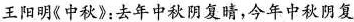
王阳明《中秋》：去年中秋阴复晴，今年中秋阴复